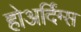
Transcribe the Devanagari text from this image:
होअर्दिंग्स